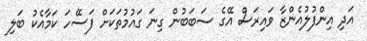
އަދި އިންފުލުއެންޒާ ވައިރަސް އޭގެ ސަބަބުން ގިނަ ގައުމުތަކަށް ފަސޭހަ ކަމާއެކު ބަލި